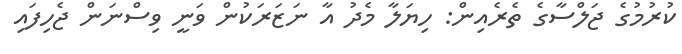
ކުރުމުގެ ޖަލްސާގެ ތެރެއިން: ހިޔަލާ މެދު އާ ނަޒަރަކުން ވަނީ ވިސްނަން ޖެހިފައި